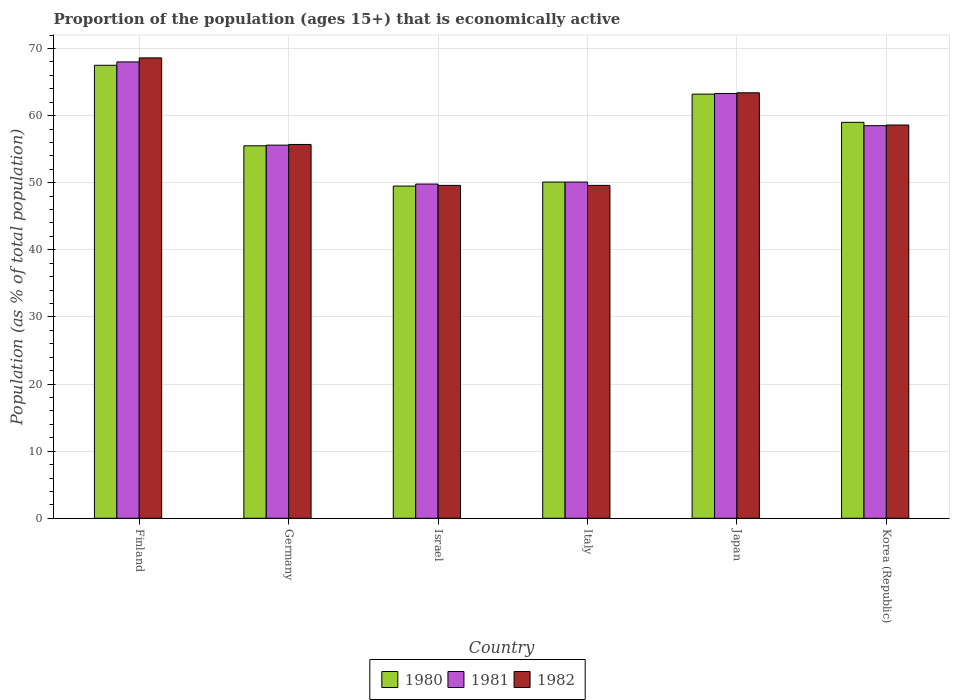
| Country | 1980 | 1981 | 1982 |
 | --- | --- | --- | --- |
 | Finland | 67.5 | 68 | 68.6 |
 | Germany | 55.5 | 55.6 | 55.7 |
 | Israel | 49.5 | 49.8 | 49.6 |
 | Italy | 50.1 | 50.1 | 49.6 |
 | Japan | 63.2 | 63.3 | 63.4 |
 | Korea (Republic) | 59 | 58.5 | 58.6 |